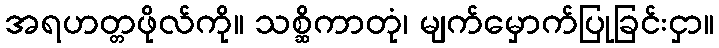
အရဟတ္တဖိုလ်ကို။ သစ္ဆိကာတုံ၊ မျက်မှောက်ပြုခြင်းငှာ။